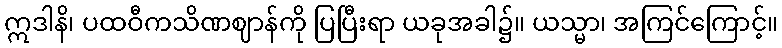
ဣဒါနိ၊ ပထဝီကသိဏဈာန်ကို ပြပြီးရာ ယခုအခါ၌။ ယသ္မာ၊ အကြင်ကြောင့်။